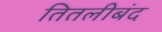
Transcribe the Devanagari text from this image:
तितलीबंद